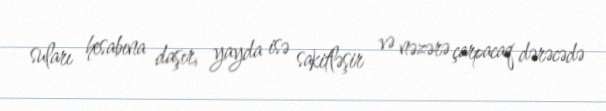
suları hesabına daşır, yayda isə sakitləşir və nəzərə çarpacaq dərəcədə